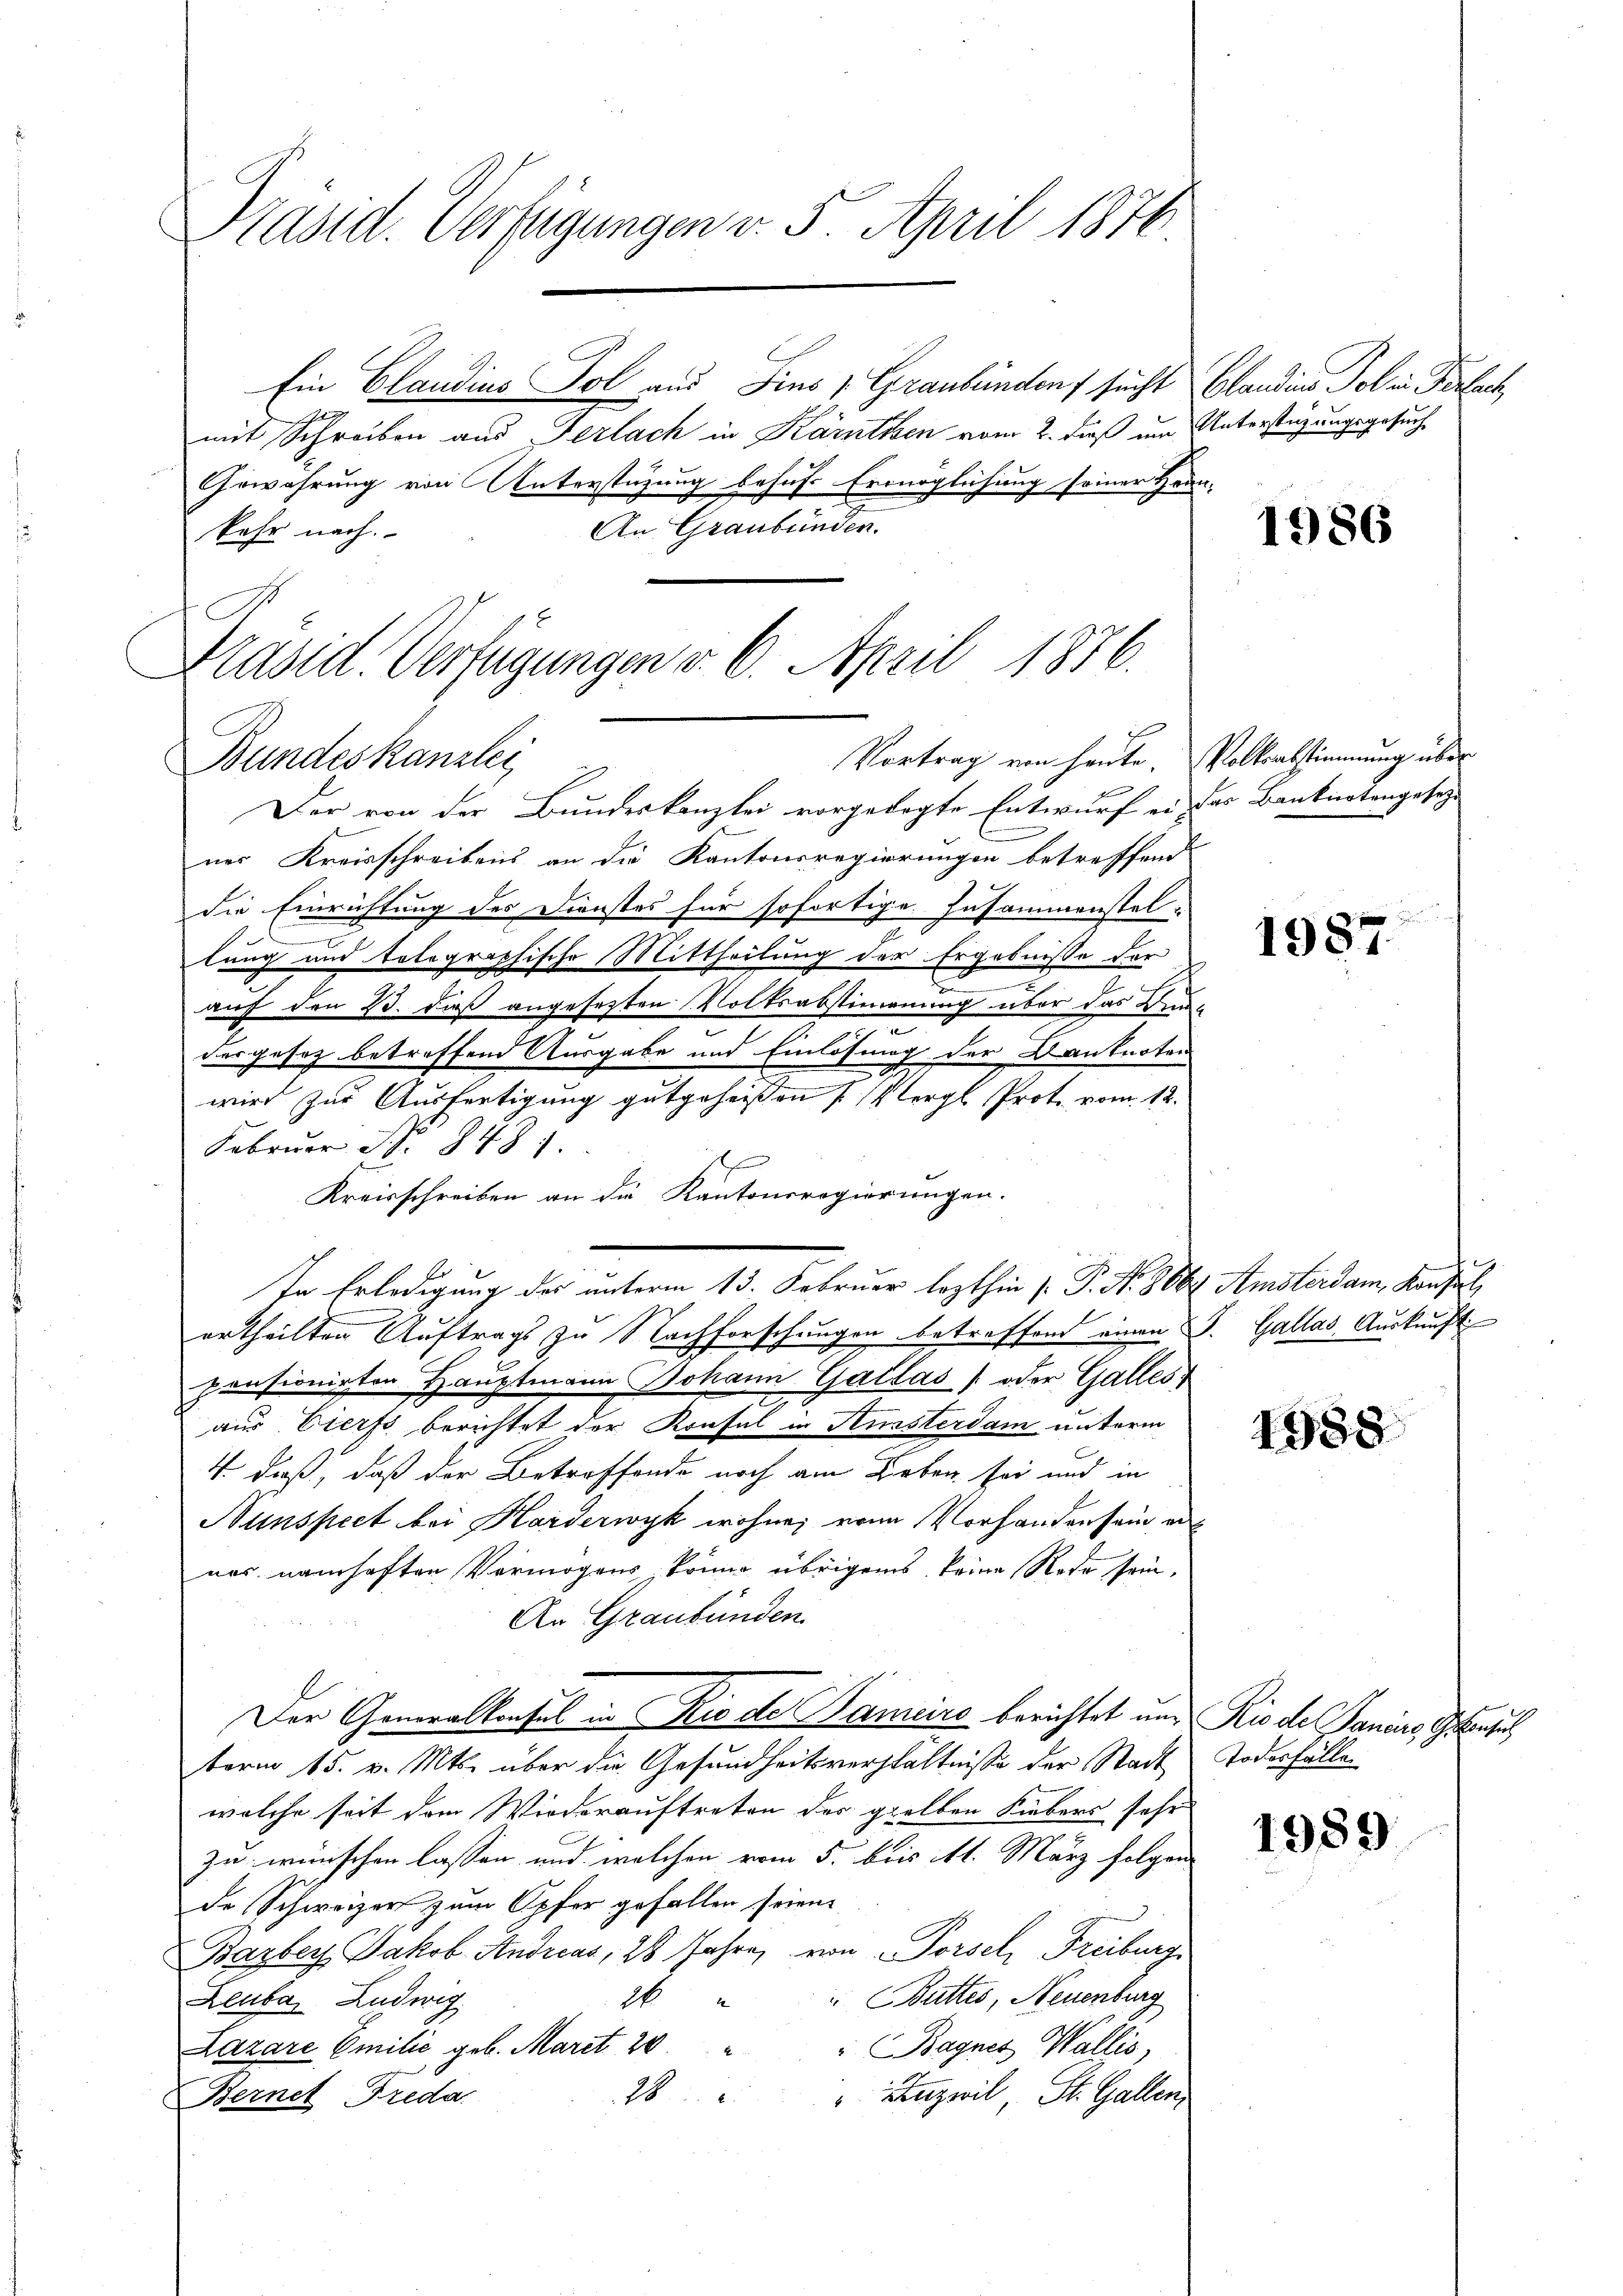
Präsid. Verfügungen v. 5. April 1876

Ein Claudius Pol aus Fins 1 Graubünden sucht Claudiis Tol in Ferlach
mit Schreiben aus Gerlach in Kärnthen vom 2. dieß um Unterstüzungsgesuche
Gewährung von Unterstüzung behufs Ermöglichung seiner Hran-
An Graubünden.
kehr nach.
Präsid. Verfügungen v. 6. April 1876.

Vortrag von heute. Vollsabstimmung über
Bundeskanzlei
7

Der von der Bundeskanzlei vorgelegte Entwurf er das Banknotengesetz-
ner Kreisschreibens an die Kantonsregierungen betreffend
die Einrichtung des Dienstes für sofortige Zusammenstel-
.
lung und tolographische Mittheilung der Ergebnisse der
auf den 23. daß angefesten Volksabstimmung über das Kinder gesetz betreffend Ausgabe und Einlösung der Danknoten
wird zur Ausfertigung gutgeheißen Vergl. Prot. vom 12.
Februar N. 8481.
Kreisschreiben an die Kantonsregierungen.
In Erledigung des unterm 13. Februar lezthin 1. P. Nr. 806. Amsterdam, Konsul
urtheilten Auftrags zu Nachforschungen betreffend einen S. Gallas Auskunft
pensionirten Hauptmann Johann Gallas (oder Galles
aus Eiers berichtet der Konsul in Kunsterdam unterm
4. daß, daß der Betreffende noch am Leben sei und in
Nunspect bei Harderwyk wohne, von Vorhanden sein aus
nes namhaften Vermögens könne übrigens keine Rode sein,
An Graubünden
Der Generalkonsul in Rio der Sameiro berichtet und Rio de Paniers, Gene
term 15. v. Mts. über die Gesundheitsverhältnisse der Stadt Todesfälle
welche seit dem Wiederauftreten der gelben Liebers sehr
zu wünschen lassen, und welchen vom 5. bis ist. März folgen
de Schweizer zum Opfer gefallen seien
Barbey Jakob Andreas, 28 Jahre, von Porsch Freiburg
 Battes, Neuenburg
2
Leuba Ludwig
Lazare Emilie geb. Mart. 20. " " Bagnes Wallis,
28 " " Auznil, St. Gallen.
Bernet Freda

1986

1987.

1988

1989